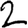
Digit: 2